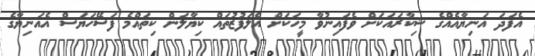
އެފަދަ އަނިޔާއެއްގެ ޝިކާރައަކަށް ވެފައިނުވާ މީހަކަށް އެލަފުޒުތައް ކިޔާލަން ކިތައްމެ ފަސޭހަޔަސް އެއަނިޔާގެ